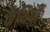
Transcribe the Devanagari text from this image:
कैथियीं